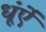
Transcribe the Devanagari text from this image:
धूंऐं